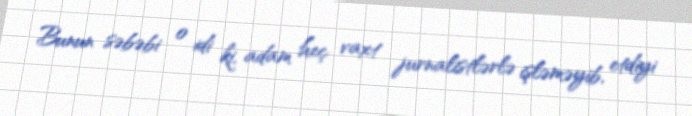
Bunun səbəbi o idi ki, adam heç vaxt jurnalistlərlə işləməyib, etdiyi